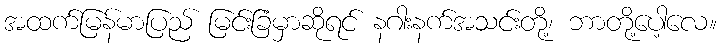
အထက်မြန်မာပြည် မြင်းခြံမှာဆိုရင် နဂါးနက်အသင်းတို့၊ ဘာတို့ပေါ့လေ။